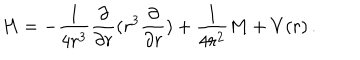
H = - { \frac { 1 } { 4 r ^ { 3 } } } { \frac { \partial } { \partial r } } ( r ^ { 3 } { \frac { \partial } { \partial r } } ) + { \frac { 1 } { 4 r ^ { 2 } } } M + V ( r ) \, .